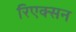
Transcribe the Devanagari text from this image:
रिएक्सन